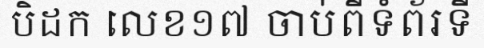
បិដក លេខ១៧ ចាប់ពីទំព័រទី